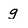
Character: g